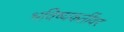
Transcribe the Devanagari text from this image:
भविष्यकर्तीवर